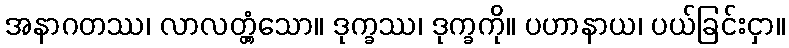
အနာဂတဿ၊ လာလတ္တံ့သော။ ဒုက္ခဿ၊ ဒုက္ခကို။ ပဟာနာယ၊ ပယ်ခြင်းငှာ။